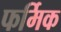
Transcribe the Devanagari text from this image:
फर्मिक